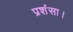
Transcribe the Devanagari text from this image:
प्रशंसा।